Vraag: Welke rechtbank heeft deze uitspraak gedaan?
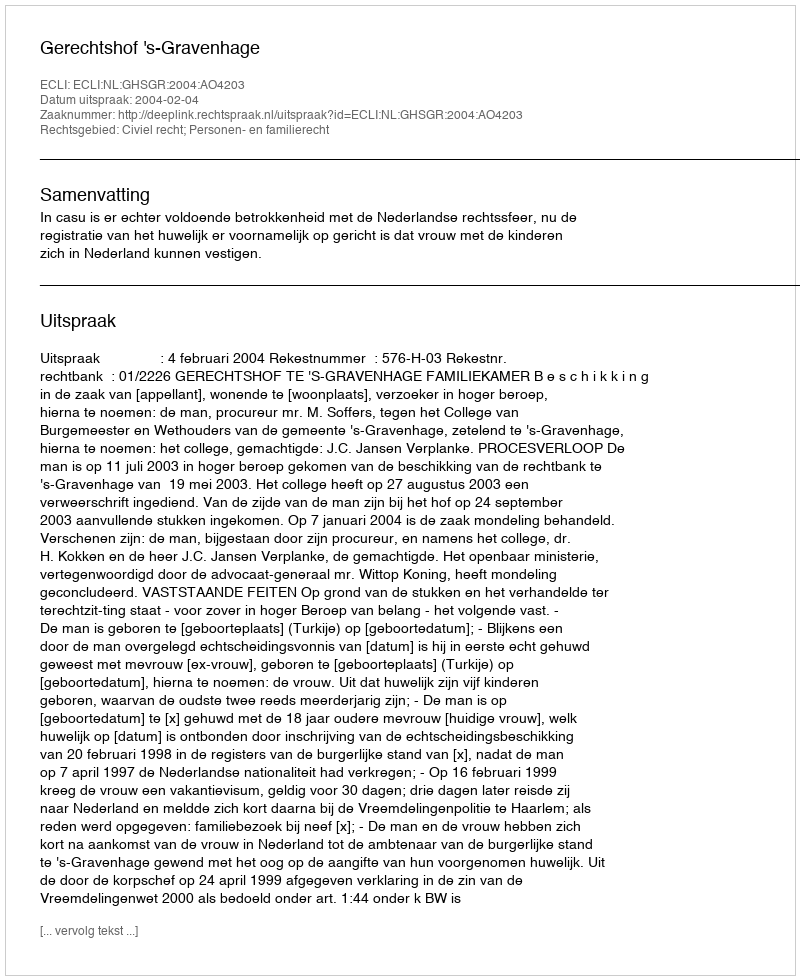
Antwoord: Gerechtshof 's-Gravenhage